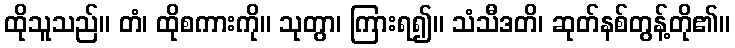
ထိုသူသည်။ တံ၊ ထိုစကားကို။ သုတွာ၊ ကြားရ၍။ သံသီဒတိ၊ ဆုတ်နစ်တွန့်တို၏။